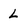
Character: L